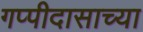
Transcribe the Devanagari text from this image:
गप्पीदासाच्या